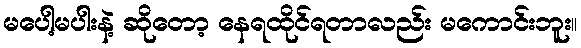
မပေါ့မပါးနဲ့ ဆိုတော့ နေရထိုင်ရတာလည်း မကောင်းဘူး။